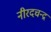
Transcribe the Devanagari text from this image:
नीरदचन्द्र